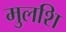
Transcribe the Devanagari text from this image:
मुलशि